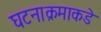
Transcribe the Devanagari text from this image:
घटनाक्रमाकडे